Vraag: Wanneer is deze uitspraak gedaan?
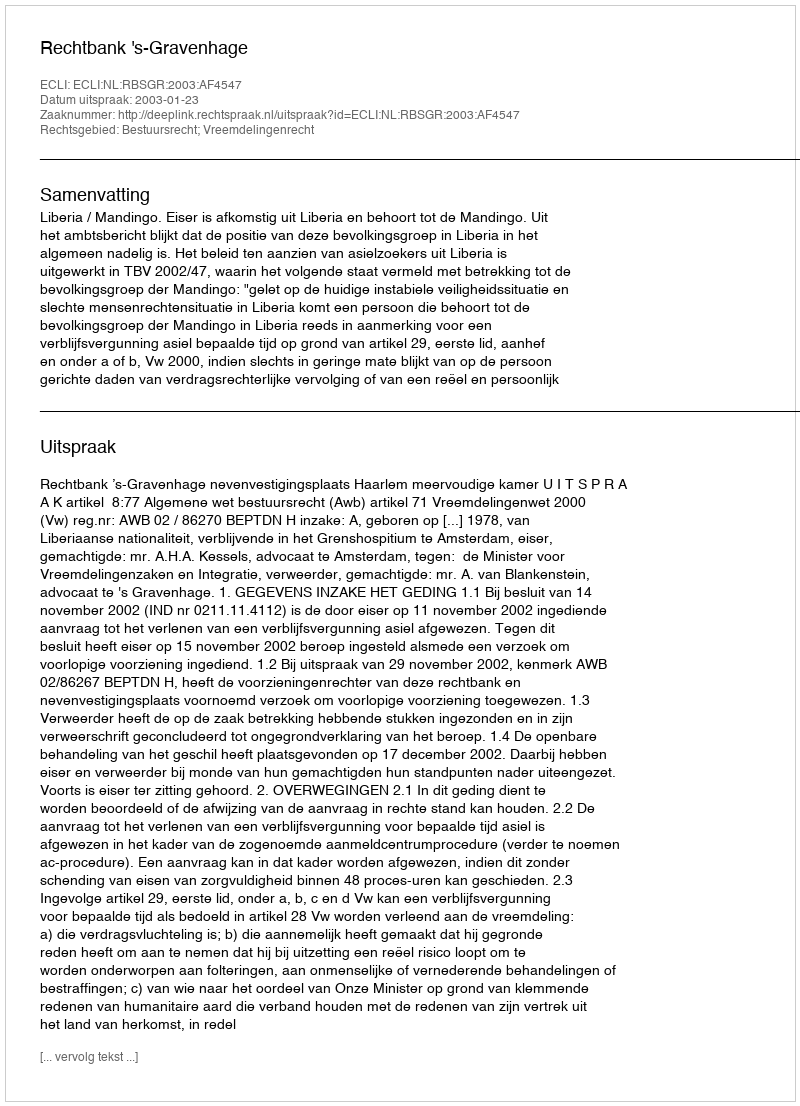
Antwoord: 2003-01-23